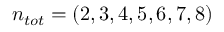
n _ { t o t } = ( 2 , 3 , 4 , 5 , 6 , 7 , 8 )